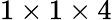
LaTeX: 1\times 1\times 4